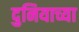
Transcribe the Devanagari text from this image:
दुनियाच्या